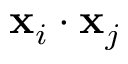
\mathbf { x } _ { i } \cdot \mathbf { x } _ { j }